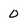
Character: 0